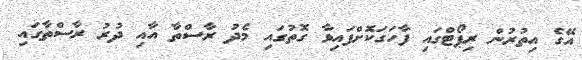
އޭގެ އިތުރުން ރިޕޯޓްގައި ފާހަގަކޮށްފައިވާ ގޮތުގައި މެދު ރާސްތާ އާއި ދުރު ރާސްތާގައި